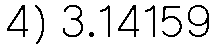
4) 3.14159